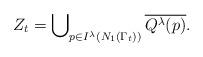
LaTeX: \begin{align*} Z_t = \bigcup\nolimits_{p \in I^\lambda(N_{1}(\Gamma_t))} \overline{Q^{\lambda}(p)}.\end{align*}